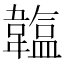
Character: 𩏛